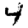
Digit: 4